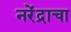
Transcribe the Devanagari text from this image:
नरेंद्राचा